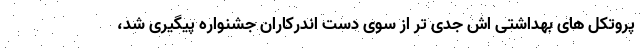
پروتکل های بهداشتی اش جدی تر از سوی دست اندرکاران جشنواره پیگیری شد،